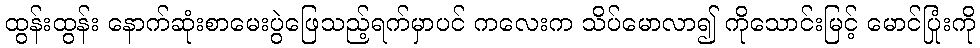
ထွန်းထွန်း နောက်ဆုံးစာမေးပွဲဖြေသည့်ရက်မှာပင် ကလေးက သိပ်မောလာ၍ ကိုသောင်းမြင့် မောင်ပြုံးကို